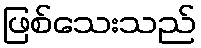
ဖြစ်သေးသည်